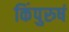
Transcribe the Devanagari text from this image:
किंपुरुषं